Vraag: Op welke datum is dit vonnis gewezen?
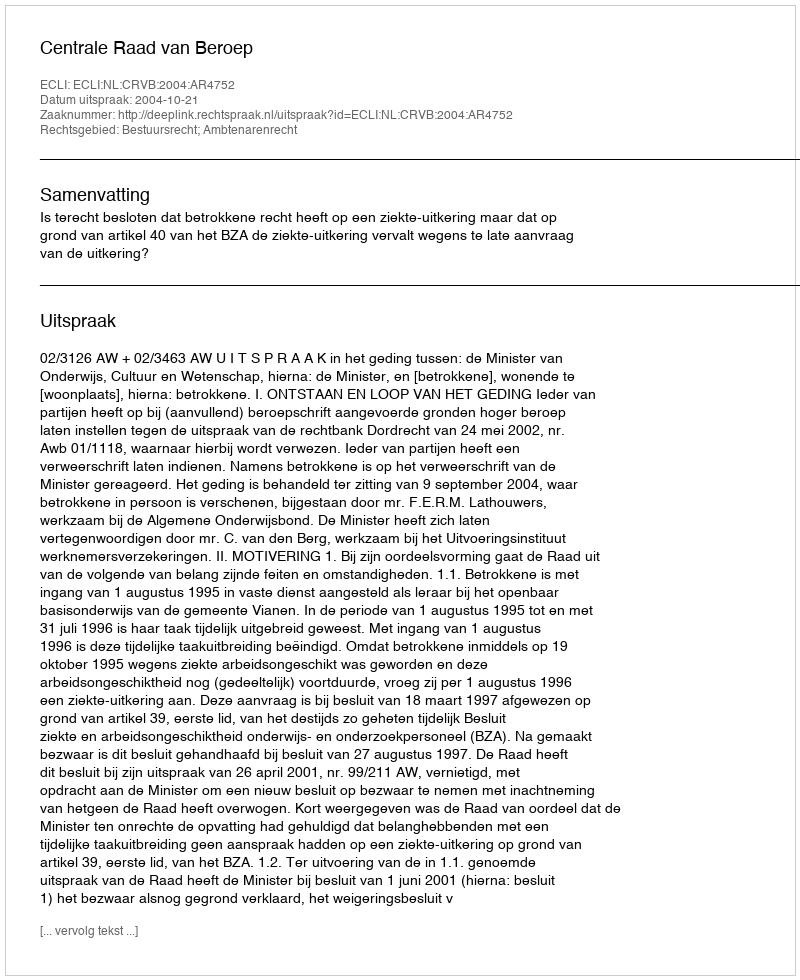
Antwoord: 2004-10-21